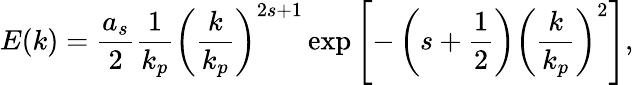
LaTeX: E(k)=\frac{a_{s}}{2}\frac{1}{k_{p}}\left(\frac{k}{k_{p}}\right)^{2s+1}\exp{\left[-\left(s+\frac{1}{2}\right)\left(\frac{k}{k_{p}}\right)^{2}\right]},